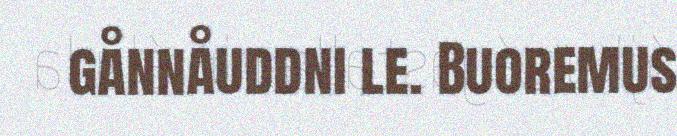
gånnåuddni le. Buoremus